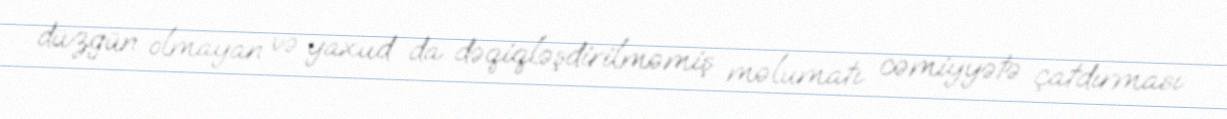
düzgün olmayan və yaxud da dəqiqləşdirilməmiş məlumatı cəmiyyətə çatdırması